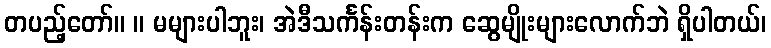
တပည့်တော်။ ။ မများပါဘူး၊ အဲဒီသင်္ကန်းတန်းက ဆွေမျိုးများလောက်ဘဲ ရှိပါတယ်၊